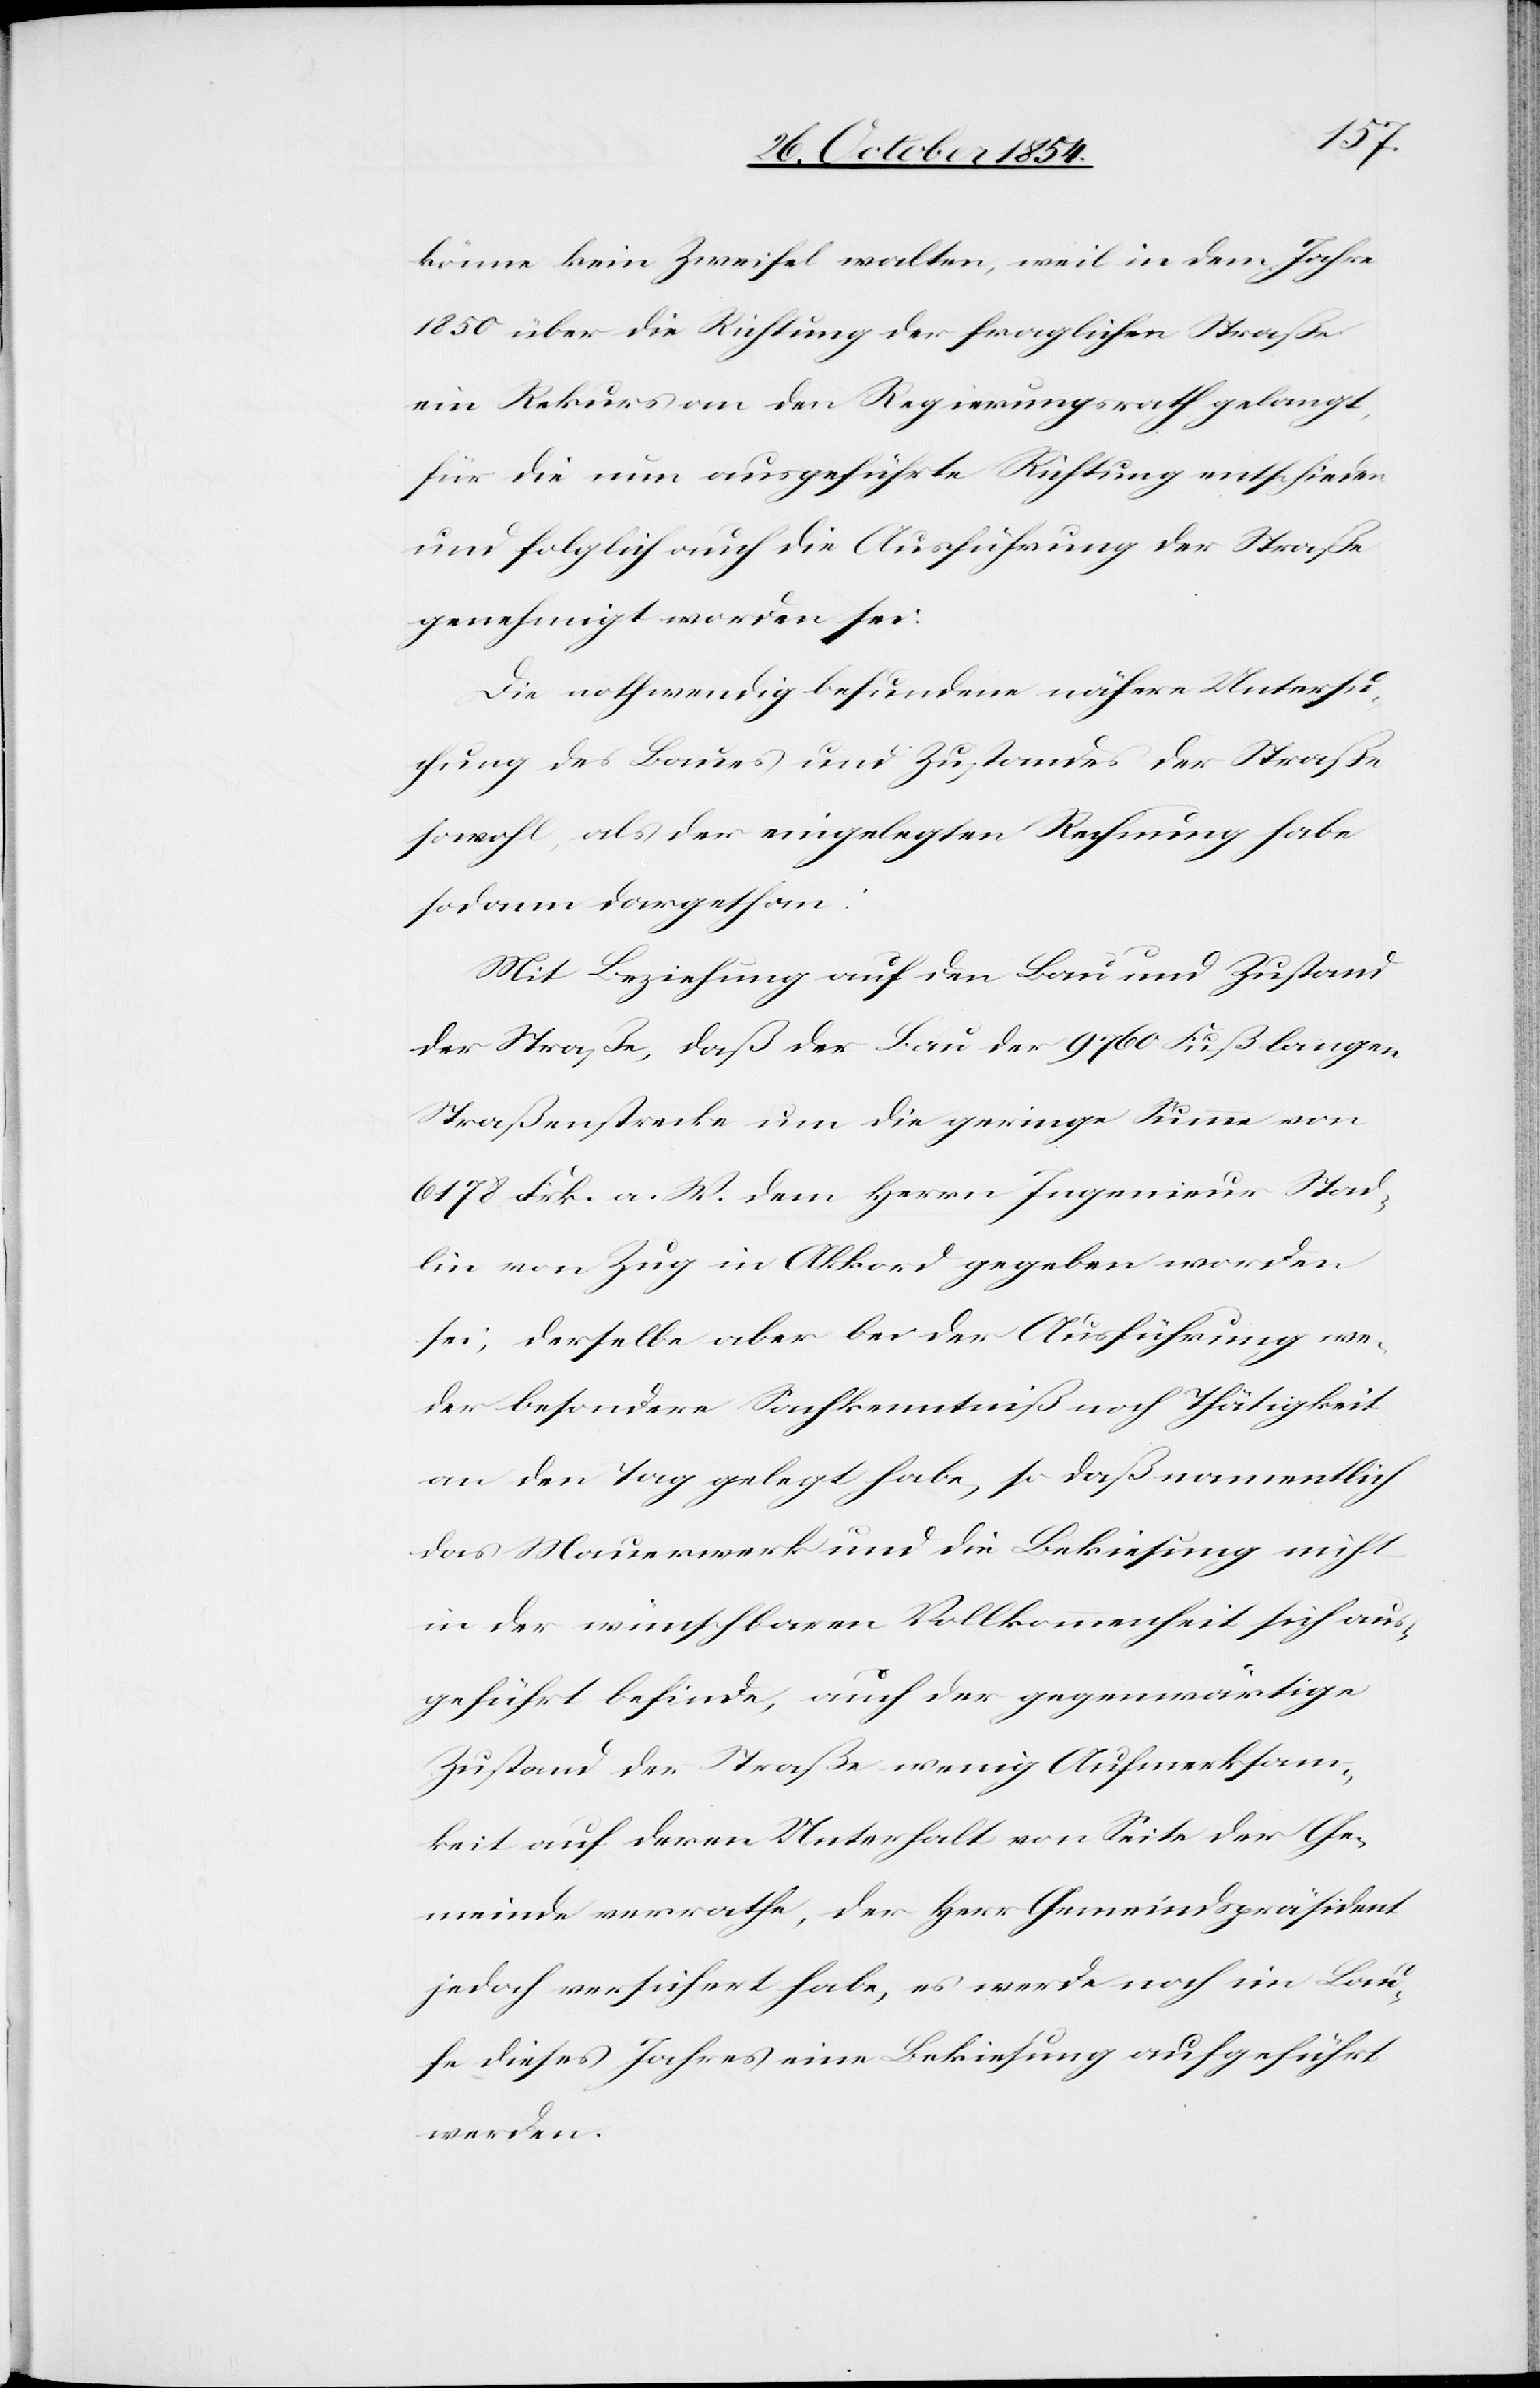
könne kein Zweifel walten, weil in dem Jahre
1850 über die Richtung der fraglichen Straße
ein Rekurs an den Regierungsrath gelangt,
für die nun ausgeführte Richtung entschieden
und folglich auch die Ausführung der Straße
genehmigt worden sei.
Die nothwendig befundene nähere Untersu¬
chung des Baues und Zustandes der Straße
sowohl, als der eingelegten Rechnung habe
sodann dargethan:
Mit Beziehung auf den Bau und Zustand
der Straße, daß der Bau der 9760 Fuß langen
Straßenstrecke um die geringe Summe von
6178 Frk. a. W. dem Herrn Ingenieur Stad¬
lin von Zug in Akkord gegeben worden
sei, derselbe aber bei der Ausführung we¬
der besondere Sachkenntniß noch Thätigkeit
an den Tag gelegt habe, so daß namentlich
das Mauerwerk und die Bekiesung nicht
in der wünschbaren Vollkommenheit sich aus¬
geführt befinde, auch der gegenwärtige
Zustand der Straße wenig Aufmerksam¬
keit auf deren Unterhalt von Seite der Ge¬
meinde verrathe, der Herr Gemeindspräsident
jedoch versichert habe, es werde noch im Lau¬
fe dieses Jahre eine Bekiesung aufgeführt
werden.